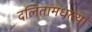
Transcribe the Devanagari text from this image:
दलितांमधल्या